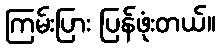
ကြမ်းပြား ပြန်ဖုံးတယ်။